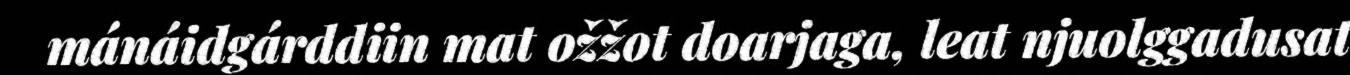
mánáidgárddiin mat ožžot doarjaga, leat njuolggadusat